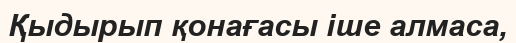
Қыдырып қонағасы іше алмаса,